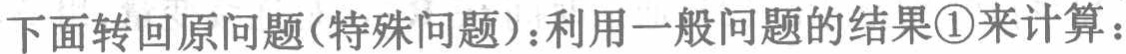
下面转回原问题(特殊问题)：利用一般问题的结果\textcircled{1}来计算：